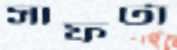
সাফটা